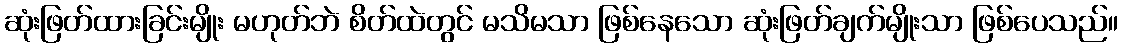
ဆုံးဖြတ်ထားခြင်းမျိုး မဟုတ်ဘဲ စိတ်ထဲတွင် မသိမသာ ဖြစ်နေသော ဆုံးဖြတ်ချက်မျိုးသာ ဖြစ်ပေသည်။